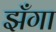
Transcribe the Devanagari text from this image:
झँगा